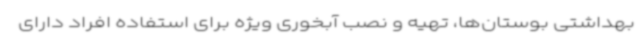
بهداشتی بوستان‌ها، تهیه و نصب آبخوری ویژه برای استفاده افراد دارای